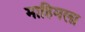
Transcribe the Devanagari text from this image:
माहिमला